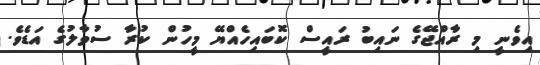
އިވެނީ މި ރާއްޖޭގެ ނައިބު ރައީސް ކޮބައިހެއްޔޭ މީހުން ކުރާ ސުވާލުގެ އަޑެވެ.